Scottish Leaving Certificate Examination, 1960
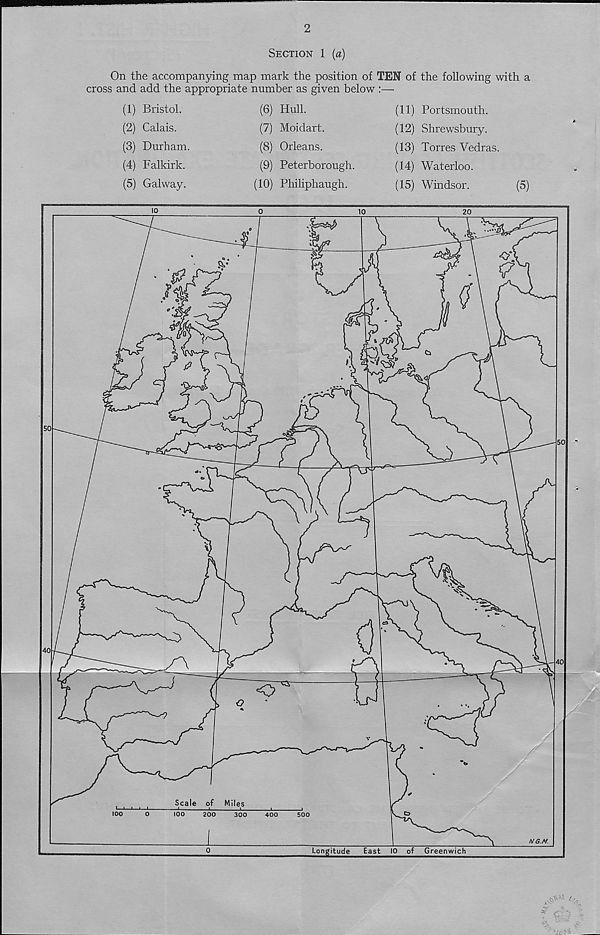
2
Section 1 {a)
On the accompanying map mark the position of TEN of the following with a
cross and add the appropriate number as given below :—
(1) Bristol.
(2) Calais.
(3) Durham.
(4) Falkirk.
(5) Galway.
(6) Hull.
(7) Moidart.
(8) Orleans.
(9) Peterborough.
(10) Philiphaugh.
(11) Portsmouth.
(12) Shrewsbury.
(13) Torres Vedras.
(14) Waterloo.
(15) Windsor.
(5)